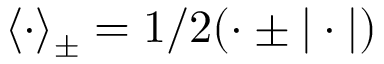
\langle \cdot \rangle _ { \pm } = 1 / 2 ( \cdot \pm | \cdot | )